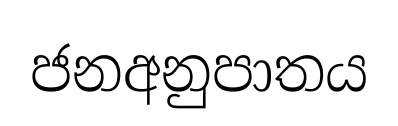
ජනඅනුපාතය